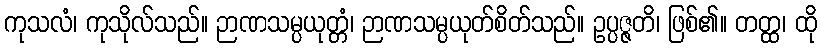
ကုသလံ၊ ကုသိုလ်သည်။ ဉာဏသမ္ပယုတ္တံ၊ ဉာဏသမ္ပယုတ်စိတ်သည်။ ဥပ္ပဇ္ဇတိ၊ ဖြစ်၏။ တတ္ထ၊ ထို